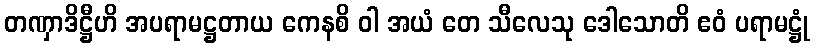
တဏှာဒိဋ္ဌီဟိ အပရာမဋ္ဌတာယ ကေနစိ ဝါ အယံ တေ သီလေသု ဒေါသောတိ ဧဝံ ပရာမဋ္ဌုံ